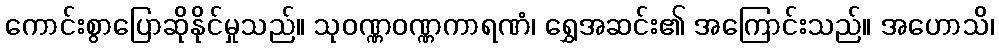
ကောင်းစွာပြောဆိုနိုင်မှုသည်။ သုဝဏ္ဏဝဏ္ဏကာရဏံ၊ ရွှေအဆင်း၏ အကြောင်းသည်။ အဟောသိ၊